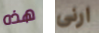
هذه ارنى